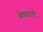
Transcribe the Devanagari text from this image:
बेकारांचे